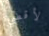
لأقضي